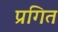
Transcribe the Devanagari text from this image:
प्रगित